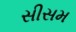
સીસમ